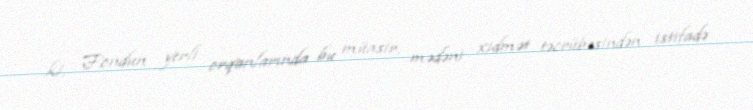
ki, Fondun yerli orqanlarında bu müasir, mədəni xidmət təcrübəsindən istifadə